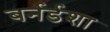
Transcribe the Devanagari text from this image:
बर्नर्डशा